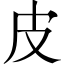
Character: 皮